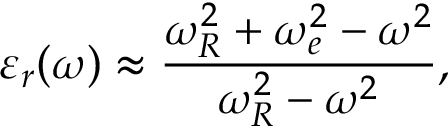
\varepsilon _ { r } ( \omega ) \approx \frac { \omega _ { R } ^ { 2 } + \omega _ { e } ^ { 2 } - \omega ^ { 2 } } { \omega _ { R } ^ { 2 } - \omega ^ { 2 } } ,